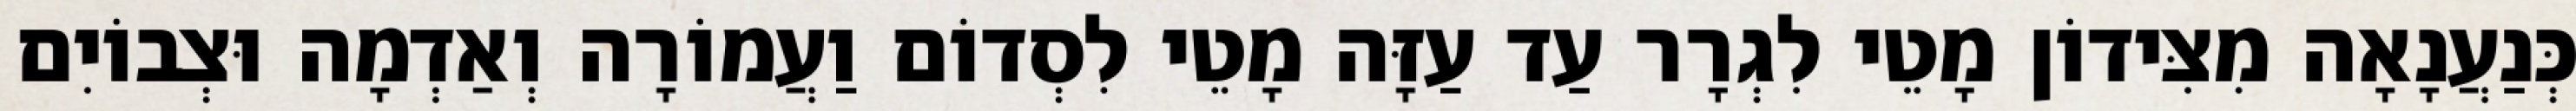
כְּנַעֲנָאָה מִצִּידוֹן מָטֵי לִגְרָר עַד עַזָּה מָטֵי לִסְדוֹם וַעֲמוֹרָה וְאַדְמָה וּצְבוֹיִם